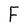
Character: F